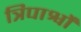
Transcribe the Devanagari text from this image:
त्रिपार्श्वों